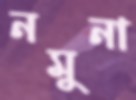
নমুনা